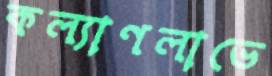
কল্যাণলাভে